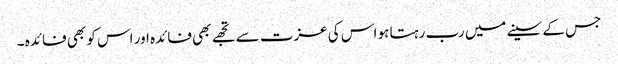
جس کے سینے میں رب رہتا ہو اس کی عزت سے تجھے بھی فائدہ اور اس کو بھی فائدہ ۔